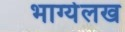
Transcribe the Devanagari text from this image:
भाग्येलख